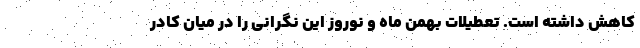
کاهش داشته است. تعطیلات بهمن ماه و نوروز این نگرانی را در میان کادر